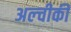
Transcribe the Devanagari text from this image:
अल्चीकी